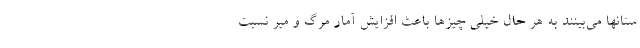
ستانها می‌بینند به هر حال خیلی چیزها باعث افزایش آمار مرگ و میر نسبت